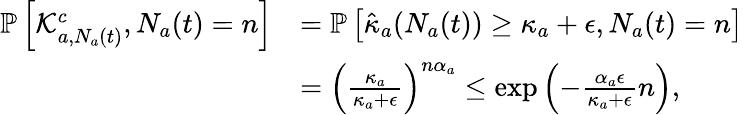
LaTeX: \begin{array}{rl}{\mathbb{P}\left[\mathcal{K}_{a,N_{a}(t)}^{c},N_{a}(t)=n\right]}&{=\mathbb{P}\left[\hat{\kappa}_{a}(N_{a}(t))\geq\kappa_{a}+\epsilon,N_{a}(t)=n\right]}\\ &{=\left(\frac{\kappa_{a}}{\kappa_{a}+\epsilon}\right)^{n\alpha_{a}}\leq\exp\left(-\frac{\alpha_{a}\epsilon}{\kappa_{a}+\epsilon}n\right),}\end{array}